Annual report of the Madras Medical College
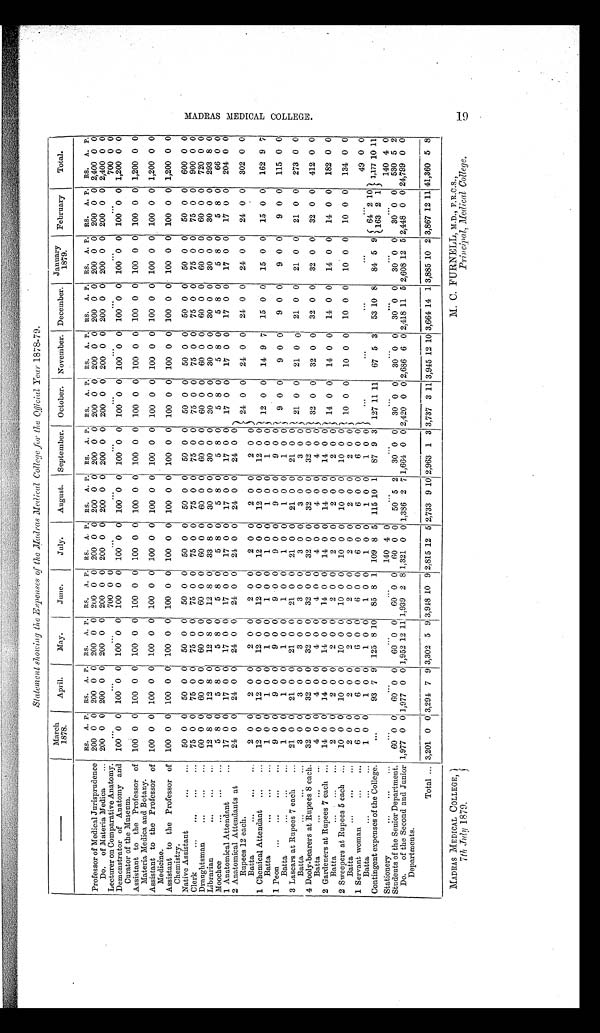
MADRAS MEDICAL COLLEGE,
7th
Ju
ly 1879.
M.C. FURNELL, M.D., F.R.c.s.,
Principal, Medical College.
M A D R A S M E D I C A L C O L L E G E . 1 9
Statement showing the Expenses of the Madras Medical College for the Official Year 187 8-79.
——
M a r c h
1878.
April.
May.
June.
July.
August. September. October. November. December.
J a n u a r y
1 8 7 9 .
February
Total.
RS. A.
P .
RS. A. P. RS. A. P. RS. A. P. RS. A. P. RS. A. P. RS. A. P. RS. A. P. RS. A. P. RS. A. P. RS. A. P. RS. A. P. RS. A. P.
Professor of Medical Jurisprudence 200 0 0 200 0
0
200 0 0 200 0 0 200 0 0 200 0 0 200 0 0 200 0 0 200 0 0 200 0 0 200 0 0 200 0 0 2,400 0 0
Do. of Materia Medica
... 200 0 0 200 0 0 200 0 0 200 0 0 200 0 0 200 0 0 200 0 0 200 0 0 200 0 0 200 0 0 200 0 0 200 0 0 2,400 0 0
Lecturer on Comparative Anatomy.
. . .
. . .
. . .
700 0 0
. . .
. . .
. . .
. . .
. . .
. . .
. . .
. . .
700 0 0
Demonstrator of Anatomy and
Curator of the Museum.
100 0 0 100 0 0 100 0 0 100 0 0 100 0 0 100 0 0 100 0 0 100 0 0 100 0 0 100 0 0 100 0 0 100 0 0 1,200 0 0
Assistant to the Professor of
Materia Medica and Botany.
100 0 0 100 0 0 100 0 0 100 0 0 100 0 0 100 0 0 100 0 0 100 0 0 100 0 0 100 0 0 100 0 0 100 0 0 1,200 0 0
Assistant to the Professor of
Medicine.
100 0 0 100 0 0 100 0 0 100 0 0 100 0 0 100 0 0 100 0 0 100 0 0 100 0 0 100 0 0 100 0 0 100 0 0 1,200 0 0
Assistant to the Professor of
Chemistry.
100 0 0 100 0 0 100 0 0 100 0 0 100 0 0 100 0 0 100 0 0 100 0 0 100 0 0 100 0 0 100 0 0 100 0 0 1,200 0 0
Native Assistant
... ...
50 0 0 50 0 0 50 0 0 50 0 0 50 0 0 50 0 0 50 0 0 50 0 0 50 0 0 50 0 0 50 0 0 50 0 0 600 0 0
Clerk
75 0 0 75 0 0 75 0
0
75 0 0 75 0 0 75 0 0 75 0 0 75 0 0 75 0 0 75 0 0 75 0 0 75 0 0 900 0 0
Draughtsman
... ... ...
60 0 0 60 0 0 60 0 0 60 0 0 60 0 0 60 0 0 60 0 0 60 0 0 60 0 0 60 0 0 60 0 0 60 0 0 720 0 0
Librarian
... ... ...
12 8 0 12 8 0 12 8 0 12 8 0 33 8 0 30 0 0 30 0 0 30 0 0 30 0 0 30 0 0 30 0 0 30 0 0 293 8 0
Moochee
... ...
5 8 0
5 8 0
5 8 0
5 8 0
5 8 0
5 8 0
5 8 0
5 8 0
5 8 0
5 8 0
5 8 0
5 8 0
66 0 0
1 Anatomical Attendant
...
17 0 0 17 0 0 17 0
0
17 0 0 17 0 0 17 0 0 17 0 0 17 0 0 17 0 0 17 0 0 17 0 0 17 0 0 204 0 0
2 Anatomical Attendants at
Rupees 12 each.
24 0 0 24 0 0 24 0 0 24 0 0 24 0 0 24 0 0 24 0 0
24 0 0 24 0 0 24 0 0 24 0 0 24 0 0 302 0 0
Batta
... ...
2 0 0
2 0 0
2 0 0
2 0 0
2 0 0
2 0 0
2 0 0
1 Chemical Attendant ... ...
12 0 0 12 0 0 12 0 0 12 0 0 12 0 0 12 0 0 12 0 0
15 0 0 15 0 0 15 0 0 162 9 7
Batta
... ...
1 0 0
1 0 0
1 0 0
1 0 0
1 0 0
1 0 0
1 0 0 12 0 0 14 9 7
1 Peon
9 0 0
9 0 0
9 0 0
9
0 0
9
0 0
9
0 0
9
0 0
Batta
1 0 0
1 0 0
1 0 0
1
0 0
1 0 0
1 0 0
1 0 0
9
0 0
9 0 0
9 0 0
9 0 0
9 0 0 115 0 0
3 Lascars at Rupees 7 each
... 21 0 0 21 0 0 21 0 0 21 0 0 21 0 0 21 0 0 21 0 0
273 0 0
Batta
... ...
3 0 0
3 0 0
3 0 0
3 0 0
3 0 0
3 0 0
3 0 0 21 0 0 21
0 0
21 0 0 21 0 0 21 0 0
4 Dooly-bearers at Rupees 8 each.
32 0 0 32 0 0 32 0 0 32 0 0 32 0 0 32 0 0 32 0 0
Batta
... ... ...
4 0 0
4 0 0
4 0
0
4 0 0
4 0 0
4 0 0
4 0 0 32 0 0 32 0 0 32 0 0 32 0 0 32 0 0 412 0
0
2 Gardeners at Rupees 7 each ...
14 0 0 14 0 0 14 0 0 14 0 0 14 0 0 14 0 0 14 0 0
Batta
... ... ...
2 0 0
2 0 0
2 0 0
2 0 0
2 0 0
2 0 0
2 0 0 14 0 0 14 0 0 14 0 0 14 0 0 14 0 0 182 0 0
2 Sweepers at Rupees 5 each ...
10 0 0 10 0 0 10 0 0 10 0 0 10 0 0 10 0 0 10 0 0
Batta
2 0 0
2 0 0
2 0 0
2 0 0
2 0 0
2 0 0
2 0 0 10 0 0 10 0 0 10 0 0 10 0 0 10 0 0
1 3 4
0 0
1 Servant woman
... ..
6 0 0
6 0 0
6 0 0
6 0 0
6 0 0
6 0 0
6 0 0
49 0 0
Batta
... ...
1 0 0
1 0 0
1 0 0
1 0 0
1 0 0
1 0 0
1 0 0
. . . . . .
. . . . . .
. . . . . .
. . . . . .
. . .
Contingent expenses of the College.
. . .
93 7 9 125 8 10 85 8 1 109 8 5 115 10 1 87 9 3 127 11 11 67 5 3 53 10 8 84 5 9
6 4
1 6 3
2
2
1 0
1 1 , 1 7 7
10 11
Stationery
. . .
. . .
. . . .
. . .
140 4 0
. . .
. . .
. . .
. . .
. . .
. . .
. . .
140 4 0
Students of the Senior Department.
60 0 0 60 0 0 60 0 0 60 0 0 60 0 0 50 5 2 30 0 0 30 0 0 30 0 0 30 0 0 30 0 0 30 0 0 530 5 2
Do. of the Second and Junior
Departments.
1,977 0 0 1,977 0 0 1,952 12 11 1,939 2 8 1,321 0 0 1,386 2 7 1,664 0 0 2,420 0 0 2,686 6 0 2,418 11 5 2,608 12 5 2,448 0 0 24,799 0 0
Total ... 3,201 0 0 3,294 7 9 3,302 5 9 3,948
1 0 9
2,815 12
5
2,733 9 10 2,963 1 3 3,737 3 11 3,945
1 2 1 0 3 , 6 6 4
14 1 3,885 10 2 3,867 12 11 41,360 5 8